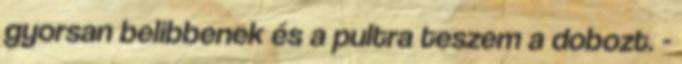
gyorsan belibbenek és a pultra teszem a dobozt. -